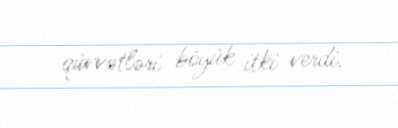
qüvvətləri böyük itki verdi.